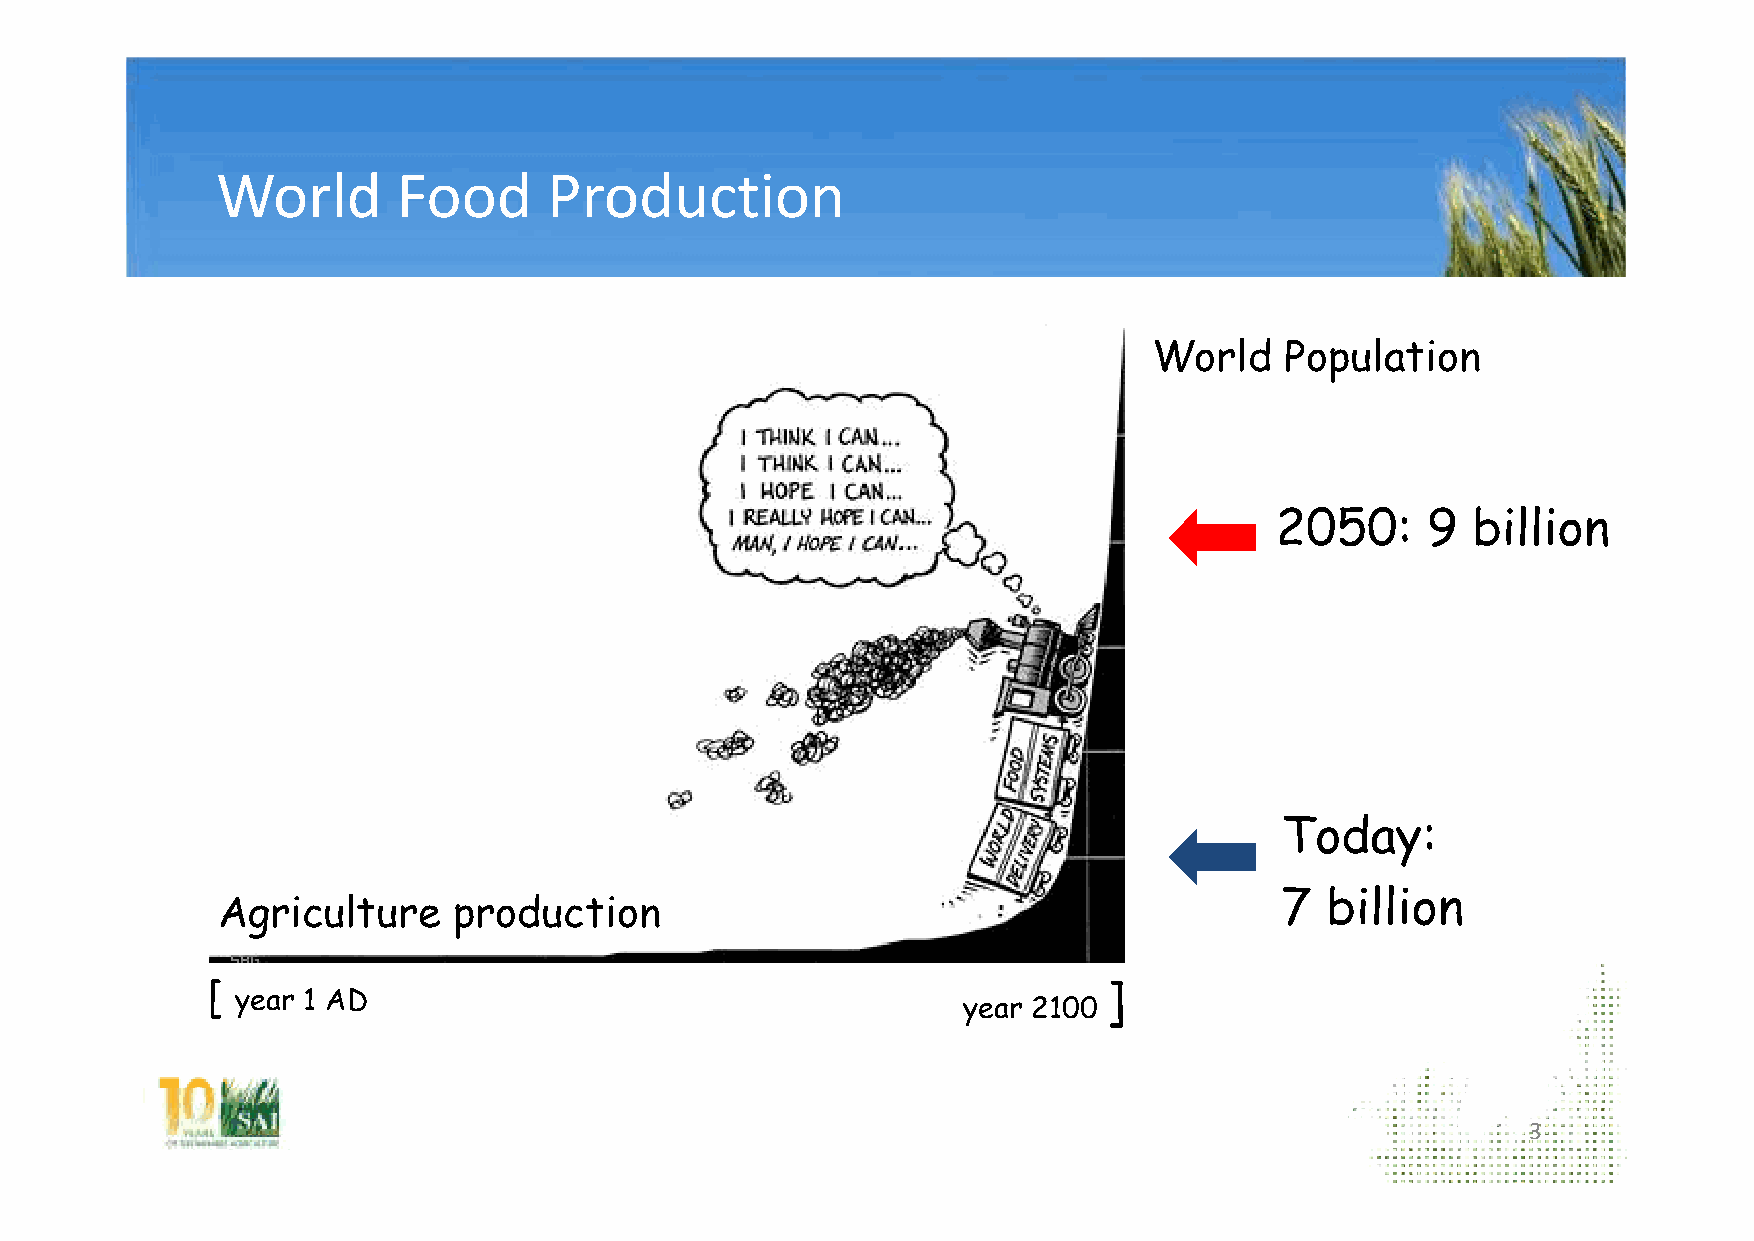
World       Food      Production
 World    Population
 2050:     9  billion
 Today:
 7  billion
 Agriculture     production
 [                                                          ]
 year 1 AD
 year 2100
 3